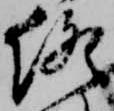
終